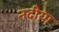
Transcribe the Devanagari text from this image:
नदीय़ा